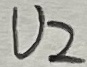
Text: U2